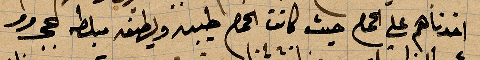
اخذناهم على الحمص حيث كانت الحمص طيبة ولطيفة مبلطة ...